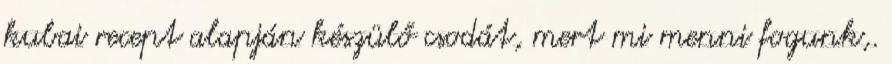
kubai recept alapján készülő csodát, mert mi menni fogunk,.